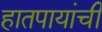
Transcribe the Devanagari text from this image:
हातपायांची